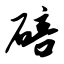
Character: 碚